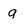
Character: g